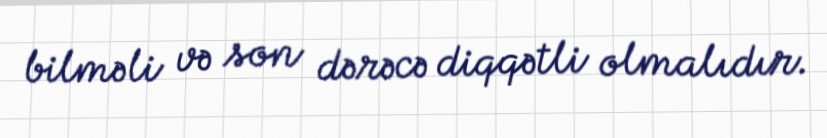
bilməli və son dərəcə diqqətli olmalıdır.